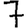
Digit: 7